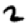
Digit: 2